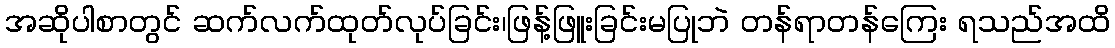
အဆိုပါစာတွင် ဆက်လက်ထုတ်လုပ်ခြင်း၊ဖြန့်ဖြူးခြင်းမပြုဘဲ တန်ရာတန်ကြေး ရသည်အထိ